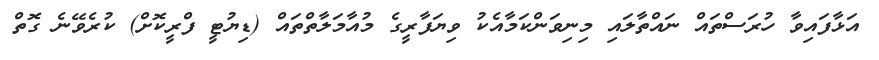
އަޅާފައިވާ ހުރަސްތައް ނައްތާލައި މިނިވަންކަމާއެކު ވިޔަފާރީގެ މުއާމަލާތްތައް (ޑިޔުޓީ ފްރީކޮށް) ކުރެވޭނެ ގޮތް